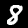
Digit: 8